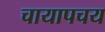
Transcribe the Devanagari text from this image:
चायापचय